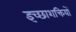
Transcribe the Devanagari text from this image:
इच्छाशक्तियों